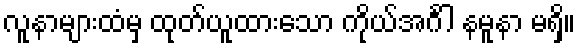
လူနာများထံမှ ထုတ်ယူထားသော ကိုယ်အင်္ဂါ နမူနာ မရှိ။